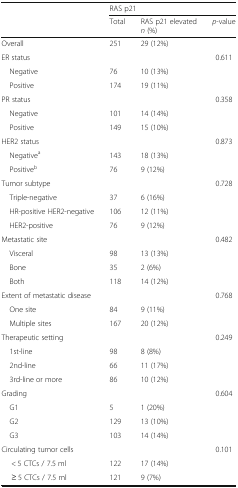
<table><thead><tr><td rowspan="2"></td><td colspan="3"><b>RAS p21</b></td></tr><tr><td><b>Total</b></td><td><b>RAS p21 elevated<i>n</i> (%)</b></td><td><b><i>p</i>-value</b></td></tr></thead><tbody><tr><td>Overall</td><td>251</td><td>29 (12%)</td><td></td></tr><tr><td>ER status</td><td></td><td></td><td>0.611</td></tr><tr><td> Negative</td><td>76</td><td>10 (13%)</td><td></td></tr><tr><td> Positive</td><td>174</td><td>19 (11%)</td><td></td></tr><tr><td>PR status</td><td></td><td></td><td>0.358</td></tr><tr><td> Negative</td><td>101</td><td>14 (14%)</td><td></td></tr><tr><td> Positive</td><td>149</td><td>15 (10%)</td><td></td></tr><tr><td>HER2 status</td><td></td><td></td><td>0.873</td></tr><tr><td> Negative<sup>a</sup></td><td>143</td><td>18 (13%)</td><td></td></tr><tr><td> Positive<sup>b</sup></td><td>76</td><td>9 (12%)</td><td></td></tr><tr><td>Tumor subtype</td><td></td><td></td><td>0.728</td></tr><tr><td> Triple-negative</td><td>37</td><td>6 (16%)</td><td></td></tr><tr><td> HR-positive HER2-negative</td><td>106</td><td>12 (11%)</td><td></td></tr><tr><td> HER2-positive</td><td>76</td><td>9 (12%)</td><td></td></tr><tr><td>Metastatic site</td><td></td><td></td><td>0.482</td></tr><tr><td> Visceral</td><td>98</td><td>13 (13%)</td><td></td></tr><tr><td> Bone</td><td>35</td><td>2 (6%)</td><td rowspan="2"></td></tr><tr><td> Both</td><td>118</td><td>14 (12%)</td></tr><tr><td>Extent of metastatic disease</td><td></td><td></td><td>0.768</td></tr><tr><td> One site</td><td>84</td><td>9 (11%)</td><td></td></tr><tr><td> Multiple sites</td><td>167</td><td>20 (12%)</td><td></td></tr><tr><td>Therapeutic setting</td><td></td><td></td><td>0.249</td></tr><tr><td> 1st-line</td><td>98</td><td>8 (8%)</td><td></td></tr><tr><td> 2nd-line</td><td>66</td><td>11 (17%)</td><td></td></tr><tr><td> 3rd-line or more</td><td>86</td><td>10 (12%)</td><td></td></tr><tr><td>Grading</td><td></td><td></td><td>0.604</td></tr><tr><td> G1</td><td>5</td><td>1 (20%)</td><td></td></tr><tr><td> G2</td><td>129</td><td>13 (10%)</td><td rowspan="2"></td></tr><tr><td> G3</td><td>103</td><td>14 (14%)</td></tr><tr><td>Circulating tumor cells</td><td></td><td></td><td>0.101</td></tr><tr><td>&lt; 5 CTCs / 7.5 ml</td><td>122</td><td>17 (14%)</td><td></td></tr><tr><td>≥ 5 CTCs / 7.5 ml</td><td>121</td><td>9 (7%)</td><td></td></tr></tbody></table>